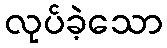
လုပ်ခဲ့သော